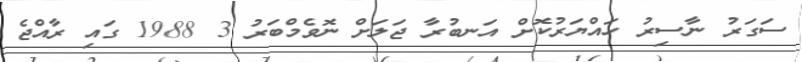
ސަގަރު ނާސިރު ހައްޔަރުކޮށް އަނބުރާ ޖަލަށް ނޮވެމްބަރު 3 1988 ގައި ރާއްޖެ